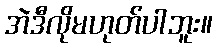
အဲဒီလိုမဟုတ်ပါဘူး။